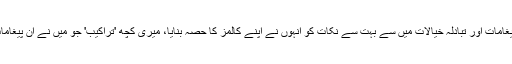
اگر آپ اجازت دیں تو میں یہ بھی بتانا چاہتا ہوں کہ ان پیغامات اور تبادلہ خیالات میں سے بہت سے نکات کو انہوں نے اپنے کالمز کا حصہ بنایا، میری کچھ 'تراکیب' جو میں نے ان پیغامات میں استعمال کی تھیں، وہ بھی انہوں نے استعمال کیں۔